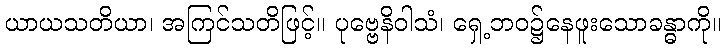
ယာယသတိယာ၊ အကြင်သတိဖြင့်။ ပုဗ္ဗေနိဝါသံ၊ ရှေ့ဘဝ၌နေဖူးသောခန္ဓာကို။